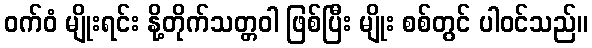
ဝက်ဝံ မျိုးရင်း နို့တိုက်သတ္တဝါ ဖြစ်ပြီး မျိုး စစ်တွင် ပါဝင်သည်။